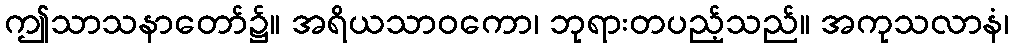
ဤသာသနာတော်၌။ အရိယသာဝကော၊ ဘုရားတပည့်သည်။ အကုသလာနံ၊